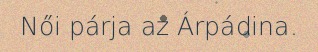
Női párja az Árpádina.